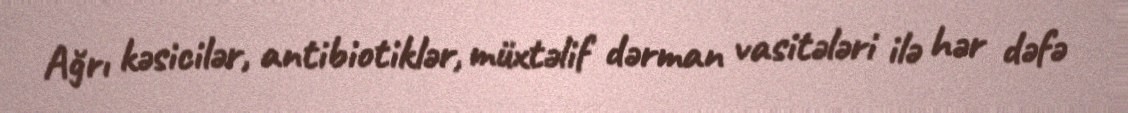
Ağrı kəsicilər, antibiotiklər, müxtəlif dərman vasitələri ilə hər dəfə